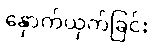
နှောက်ယှက်ခြင်း